Problem: 6 × 6 = ?
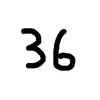
Handwritten answer: 36